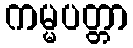
ကမ္မပတ္တာ